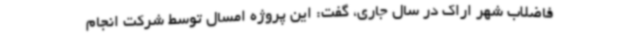
فاضلاب شهر اراک در سال جاری، گفت: این پروژه امسال توسط شرکت انجام